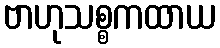
ဗာဟုသစ္စကထာယ